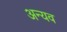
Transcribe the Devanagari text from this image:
अन्यव